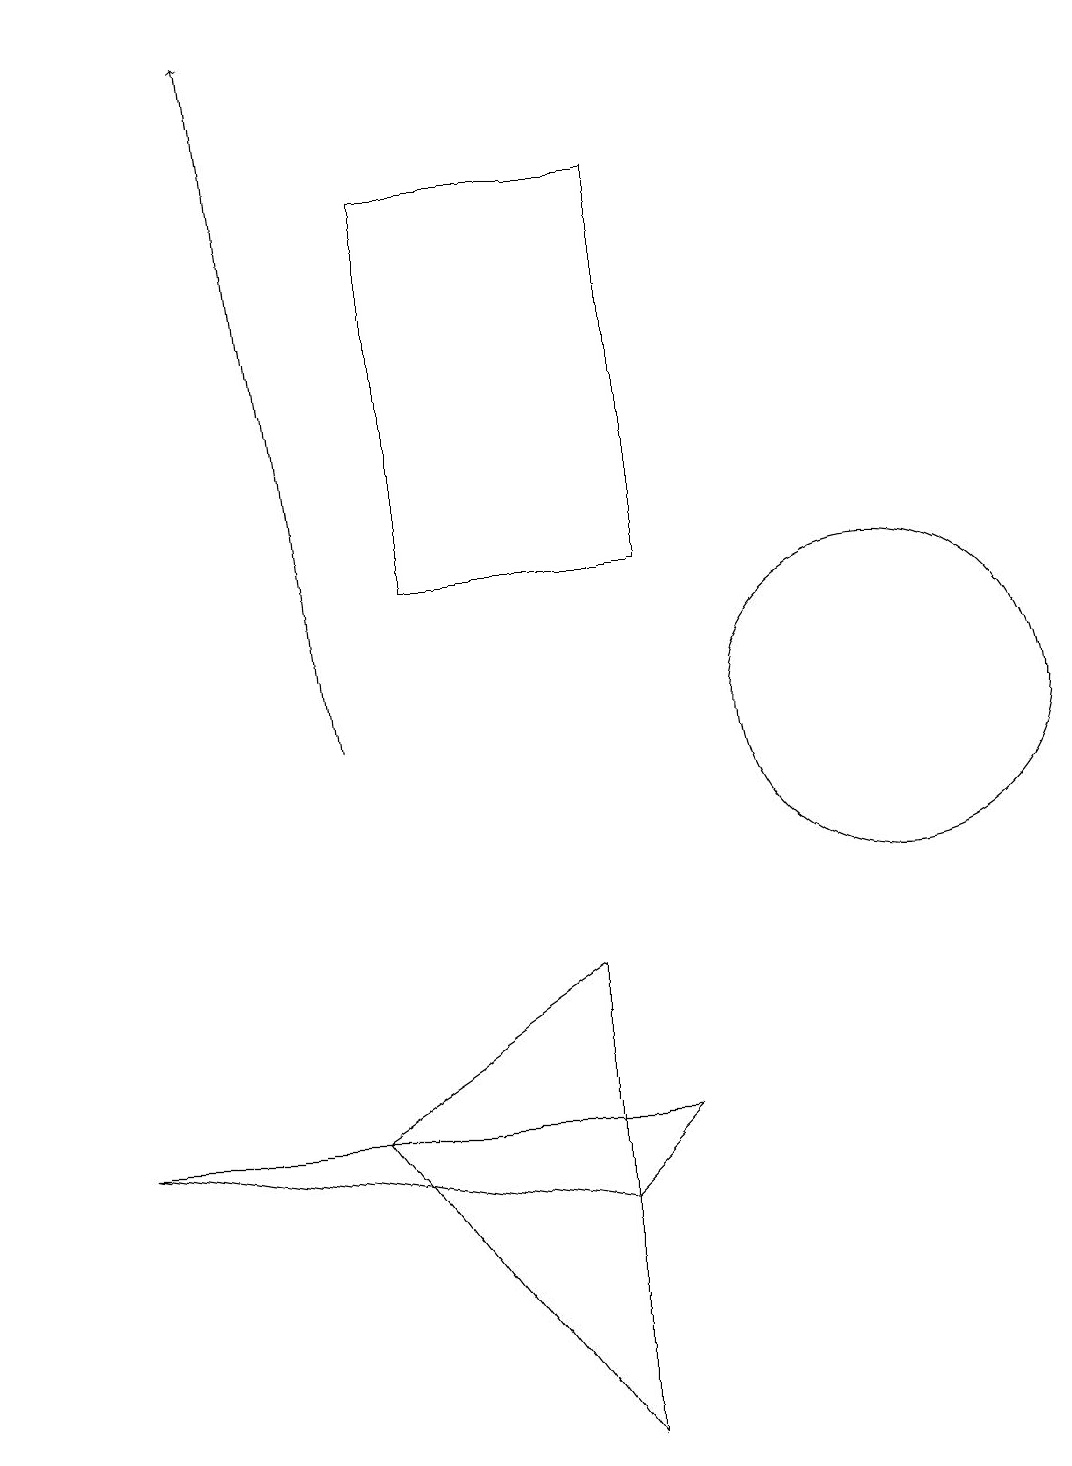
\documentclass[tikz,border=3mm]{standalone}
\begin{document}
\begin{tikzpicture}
\draw (9,10) rectangle (9,10);
\draw (8,12) rectangle (5,17);
\draw (4,5) -- (7,7) -- (7,1) -- cycle;
\draw[->] (0,16) -- (0,18);
\draw (11,10) circle (2);
\draw (8,5) -- (7,4) -- (1,5) -- cycle;
\draw[->] (4,10) -- (3,19);
\draw (10,11) circle (0);
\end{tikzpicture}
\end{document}